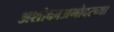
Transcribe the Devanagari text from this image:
अशोकाअगोदरच्या